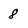
Character: 8